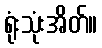
ရုံးသုံးအိတ်။